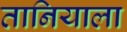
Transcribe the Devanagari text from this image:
तानियाला